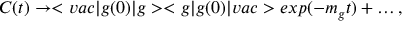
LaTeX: C ( t ) \rightarrow < v a c | g ( 0 ) | g > < g | g ( 0 ) | v a c > e x p ( - m _ { g } t ) + \ldots ,